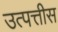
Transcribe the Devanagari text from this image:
उत्पत्तीस